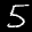
Label: 5